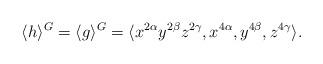
LaTeX: \begin{align*} \langle h \rangle^G = \langle g \rangle^G = \langle x^{2\alpha} y^{2\beta} z^{2\gamma}, x^{4\alpha}, y^{4\beta},z^{4\gamma} \rangle. \end{align*}